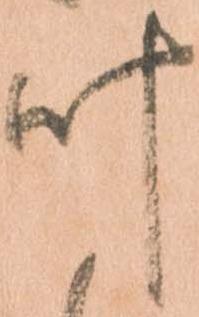
叶